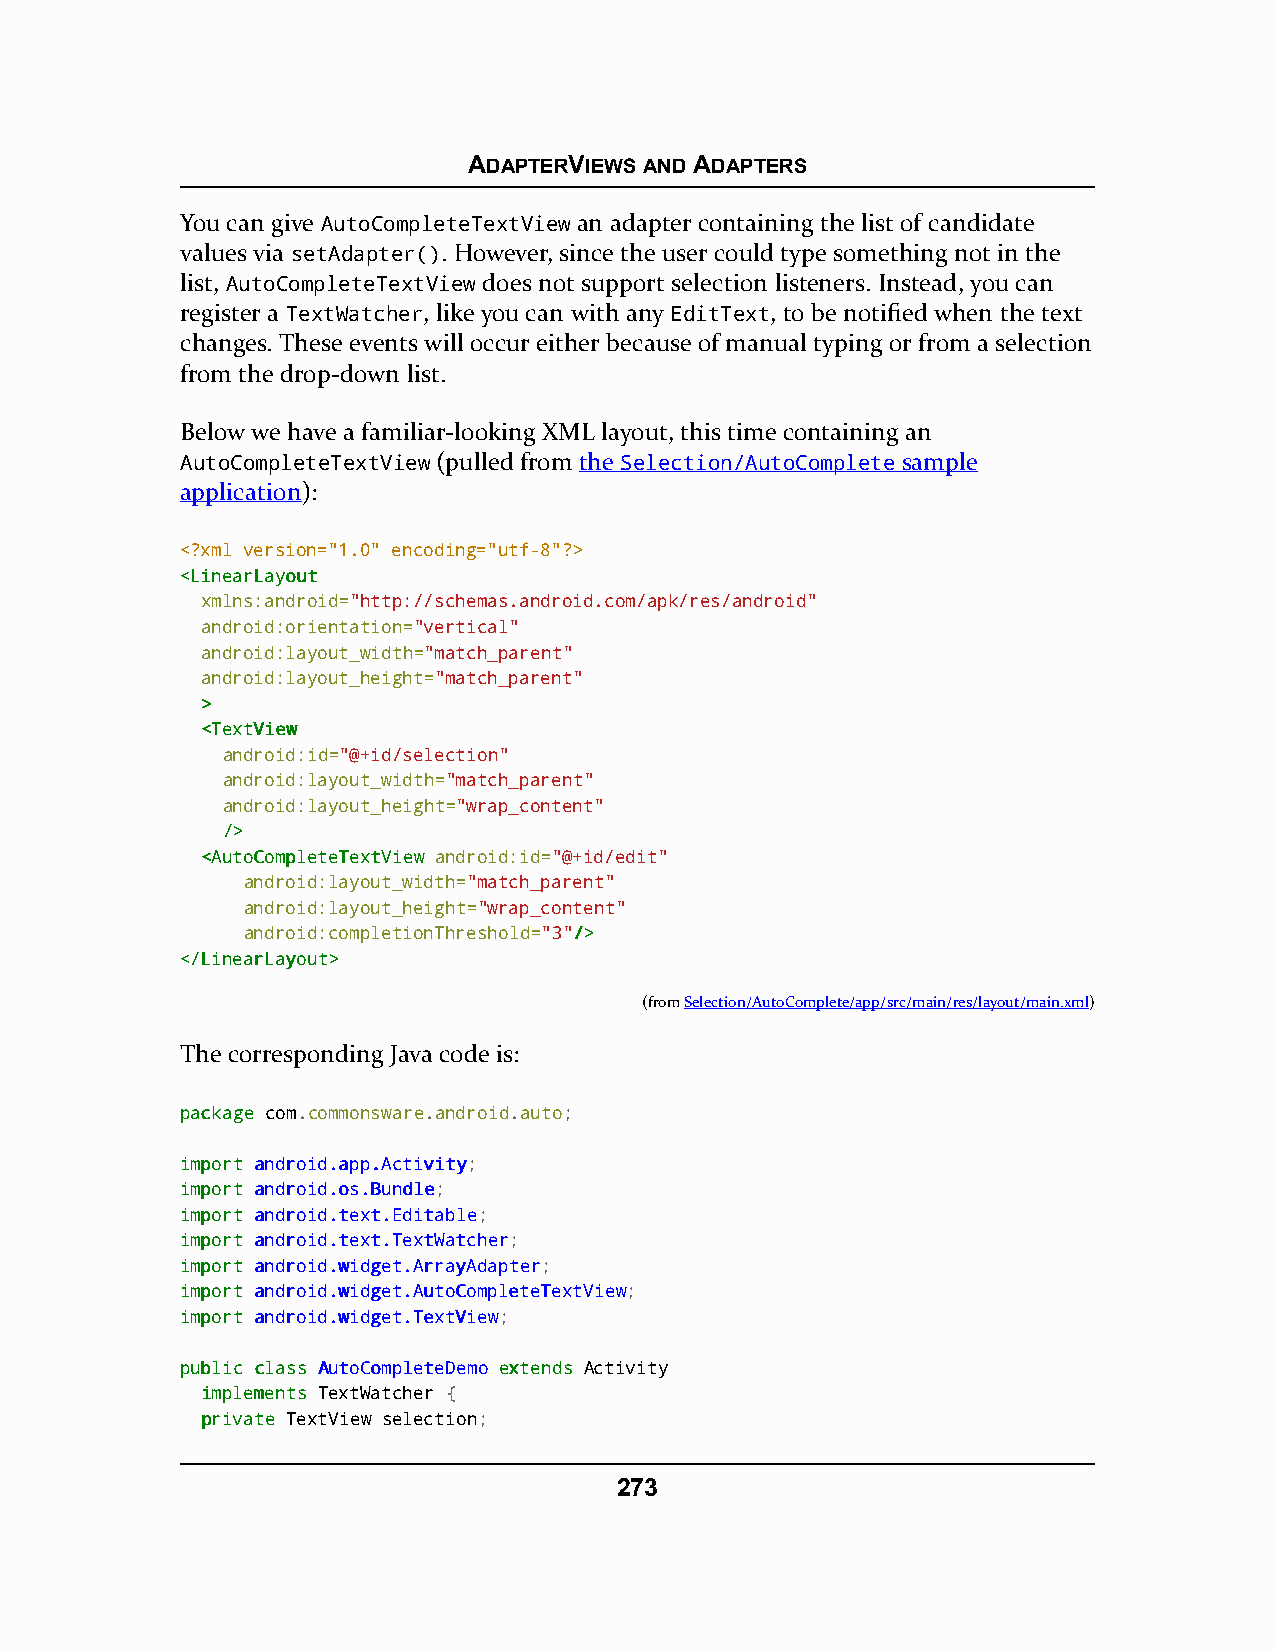
ADAPTERVIEWS AND ADAPTERS
 You can give AutoCompleteTextView an adapter containing the list of candidate
 values via setAdapter(). However, since the user could type something not in the
 list, AutoCompleteTextView does not support selection listeners. Instead, you can
 register a TextWatcher, like you can with any EditText, to be notified when the text
 changes. These events will occur either because of manual typing or from a selection
 from the drop-down list.
 Below we have a familiar-looking XML layout, this time containing an
 AutoCompleteTextView (pulled from the Selection/AutoComplete sample
 application):
 <?xml version="1.0" encoding="utf-8"?>
 <<LLiinneeaarrLLaayyoouutt
 xmlns:android="http://schemas.android.com/apk/res/android"
 android:orientation="vertical"
 android:layout_width="match_parent"
 android:layout_height="match_parent"
 >>
 <<TTeexxttVViieeww
 android:id="@+id/selection"
 android:layout_width="match_parent"
 android:layout_height="wrap_content"
 //>>
 <<AAuuttooCCoommpplleetteeTTeexxttVViieeww android:id="@+id/edit"
 android:layout_width="match_parent"
 android:layout_height="wrap_content"
 android:completionThreshold="3"//>>
 <<//LLiinneeaarrLLaayyoouutt>>
 (fromSelection/AutoComplete/app/src/main/res/layout/main.xml)
 The corresponding Java code is:
 ppaacckkaaggee com.commonsware.android.auto;
 iimmppoorrtt aannddrrooiidd..aapppp..AAccttiivviittyy;
 iimmppoorrtt aannddrrooiidd..ooss..BBuunnddllee;
 iimmppoorrtt aannddrrooiidd..tteexxtt..EEddiittaabbllee;
 iimmppoorrtt aannddrrooiidd..tteexxtt..TTeexxttWWaattcchheerr;
 iimmppoorrtt aannddrrooiidd..wwiiddggeett..AArrrraayyAAddaapptteerr;
 iimmppoorrtt aannddrrooiidd..wwiiddggeett..AAuuttooCCoommpplleetteeTTeexxttVViieeww;
 iimmppoorrtt aannddrrooiidd..wwiiddggeett..TTeexxttVViieeww;
 ppuubblliicc ccllaassss AAuuttooCCoommpplleetteeDDeemmoo eexxtteennddss Activity
 iimmpplleemmeennttss TextWatcher {
 pprriivvaattee TextView selection;
 273